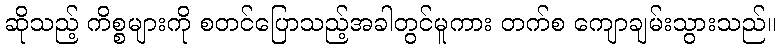
ဆိုသည့် ကိစ္စများကို စတင်ပြောသည့်အခါတွင်မူကား တက်စ ကျောချမ်းသွားသည်။